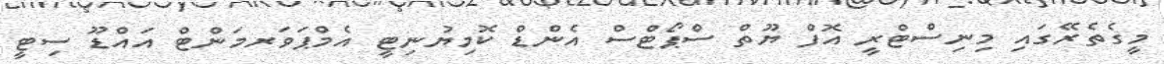
މީގެތެރޭގައި މިނިސްޓްރީ އޮފް ޔޫތް ސްޕޯޓްސް އެންޑް ކޮމިޔުނިޓީ އެމްޕަވަރމަންޓް އައްޑޫ ސިޓީ